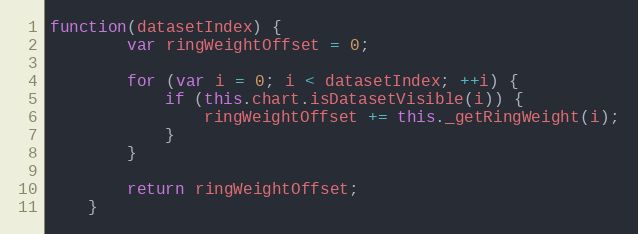
Language: JavaScript
function(datasetIndex) {
		var ringWeightOffset = 0;

		for (var i = 0; i < datasetIndex; ++i) {
			if (this.chart.isDatasetVisible(i)) {
				ringWeightOffset += this._getRingWeight(i);
			}
		}

		return ringWeightOffset;
	}